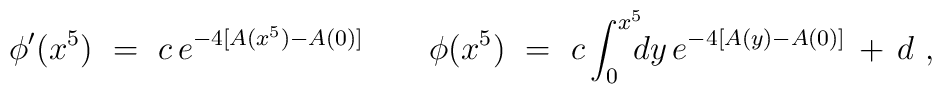
\phi'(x^5)\ =\ c\, e^{-4 [A(x^5)-A(0)]} \qquad  \phi(x^5)\ =\ c \int^{x^5}_{0} \! \! \! dy\,  e^{-4 [A(y)-A(0)]}\, +\, d\ ,